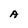
Character: A